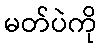
မတ်ပဲကို